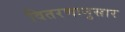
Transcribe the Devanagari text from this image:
वितरणानुसार